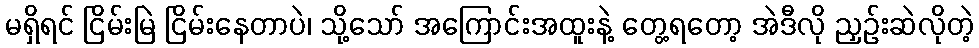
မရှိရင် ငြိမ်းမြဲ ငြိမ်းနေတာပဲ၊ သို့သော် အကြောင်းအထူးနဲ့ တွေ့ရတော့ အဲဒီလို ညှဉ်းဆဲလိုတဲ့